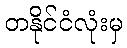
တနိုင်ငံလုံးမှ